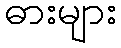
ဓားများ